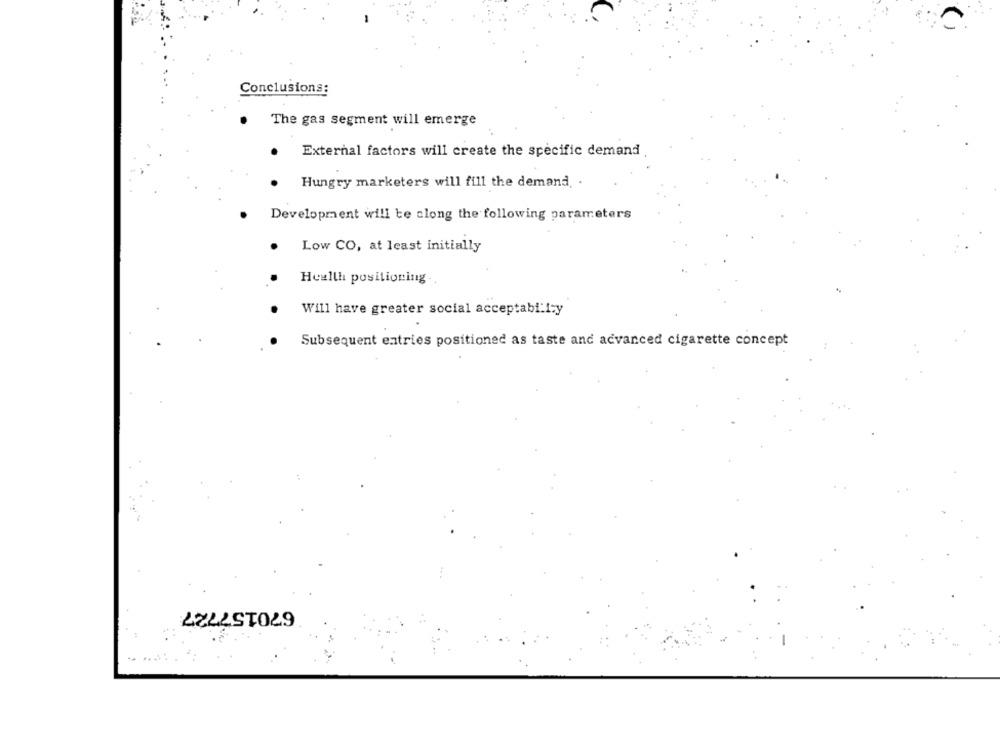
Conclusions:
The gas segment will emerge
External factors will create the specific demand
Hungry marketers will fill the demand. .
Development will te along the following parameters
Low CO, at least initially
Health positioning .
Will have greater social acceptability
Subsequent entries positioned as taste and advanced cigarette concept
670157727